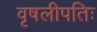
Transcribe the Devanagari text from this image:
वृषलीपतिः